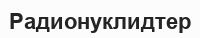
Радионуклидтер